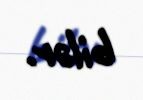
bilər.